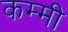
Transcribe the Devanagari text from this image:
कम्मी